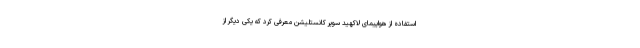
استفاده از هواپیمای لاکهید سوپر کانستلیشن معرفی کرد که یکی دیگر از